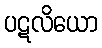
ပဋလိယော